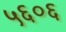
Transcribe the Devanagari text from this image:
५६०६